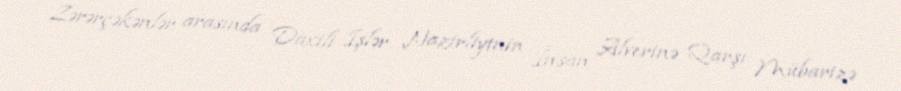
Zərərçəkənlər arasında Daxili İşlər Nazirliyinin İnsan Alverinə Qarşı Mübarizə